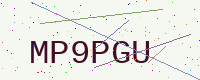
Text: MP9PGU